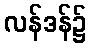
လန်ဒန်၌